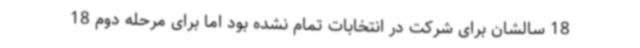
18 سالشان برای شرکت در انتخابات تمام نشده بود اما برای مرحله دوم 18